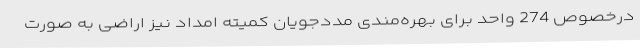
درخصوص 274 واحد برای بهره‌مندی مددجویان کمیته امداد نیز اراضی به صورت